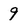
Character: 9